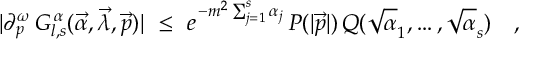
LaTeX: \vert \partial _ { p } ^ { \omega } \, G _ { l , s } ^ { \, \alpha } ( \vec { \alpha } , \vec { \lambda } , \vec { p } ) \vert \ \leq \ e ^ { \, - m ^ { 2 } \sum _ { j = 1 } ^ { s } \alpha _ { j } } \, P ( \vert \vec { p } \vert ) \, Q ( \sqrt \alpha _ { 1 } , \ldots , \sqrt \alpha _ { s } ) \quad ,